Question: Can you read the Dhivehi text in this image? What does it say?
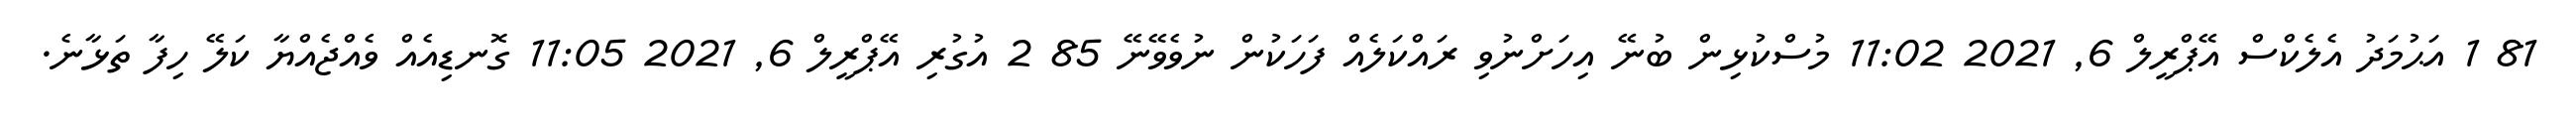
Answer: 81 1 އަޙުމަދު އެލެކްސް އޭޕްރީލް 6, 2021 11:02 މުސްކުޅިން ބުނޭ އިހަށްނުވި ރައްކަލެއް ފަހަކުން ނުވެވޭނޭ 85 2 އުގުރި އޭޕްރީލް 6, 2021 11:05 ގޮނޑިއެއް ވެއްޖެއްޔާ ކަލޭ ހިފާ ތަޅާނެ.